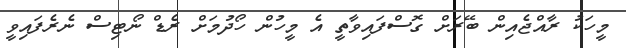
މީހަކު ރާއްޖެއިން ބޭރަށް ގޮސްފައިވާތީ އެ މީހުން ހޯދުމަށް ރެޑް ނޯޓިސް ނެރެފައިވީ